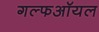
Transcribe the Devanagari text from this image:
गल्फऑयल